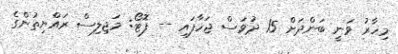
މިހާރު ވަނީ ބަންދަށް 15 ދުވަސް ޖަހާފައި -- ފޮޓޯ: މަޖިލިސް ރައްޔިތުންގެ